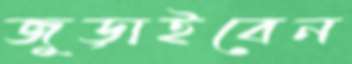
জুড়াইবেন